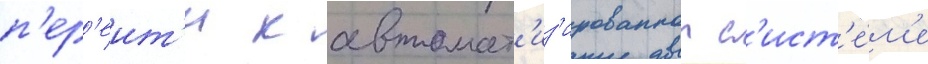
п'ер'еит'и к автомат'из'ированнои с'ист'е́м'е